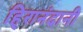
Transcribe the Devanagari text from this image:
हि्रानंदानी